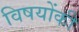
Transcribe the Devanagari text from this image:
विषयोंकी